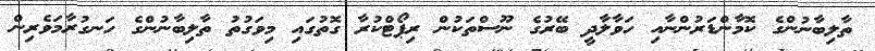
ތާލިބާނުންގެ ކޮމާންޑަރުންނާއި ހަވާލާދީ ބޭރުގެ ނޫސްތަކުން ރިޕޯޓްކުރާ ގޮތުގައި މިވަގުތު ތާލިބާނުންގެ ހަނގުރާމަވެރިން